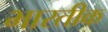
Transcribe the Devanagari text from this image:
भारतीक